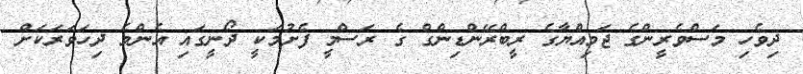
ދިވެހި މަސްވެރީންގެ ޖަމިއްޔާގެ ރީބްރޭންޑިންގް ގެ ރަސްމީ ފެށުމަކީ ދޯނީގައި އެންމެ ދިހަވަރަކަށް